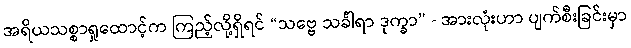
အရိယသစ္စာရှုထောင့်က ကြည့်လို့ရှိရင် “သဗ္ဗေ သင်္ခါရာ ဒုက္ခာ” - အားလုံးဟာ ပျက်စီးခြင်းမှာ